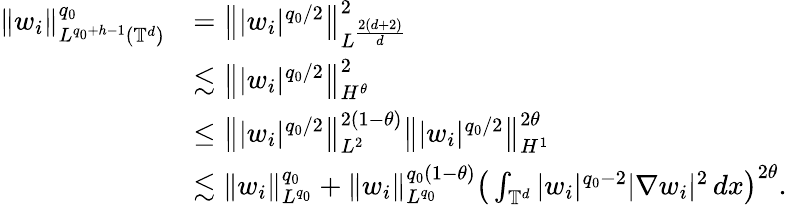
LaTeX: \begin{array}{rl}{\| w_{i}\| _{L^{q_{0}+h-1}(\mathbb{T}^{d})}^{q_{0}}}&{=\big\| |w_{i}|^{q_{0}/2}\big\| _{L^{\frac{2(d+2)}{d}}}^{2}}\\ &{\lesssim\big\| |w_{i}|^{q_{0}/2}\big\| _{H^{\theta}}^{2}}\\ &{\leq\big\| |w_{i}|^{q_{0}/2}\big\| _{L^{2}}^{2(1-\theta)}\big\| |w_{i}|^{q_{0}/2}\big\| _{H^{1}}^{2\theta}}\\ &{\lesssim\| w_{i}\| _{L^{q_{0}}}^{q_{0}}+\| w_{i}\| _{L^{q_{0}}}^{q_{0}(1-\theta)}\big(\int_{\mathbb{T}^{d}}|w_{i}|^{q_{0}-2}|\nabla w_{i}|^{2}\, dx\big)^{2\theta}.}\end{array}